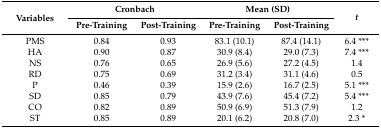
<table><thead><tr><td rowspan="2"><b>Variables</b></td><td colspan="2"><b>Cronbach</b></td><td colspan="2"><b>Mean (SD)</b></td><td rowspan="2"><b><i>t</i></b></td></tr><tr><td><b>Pre-Training</b></td><td><b>Post-Training</b></td><td><b>Pre-Training</b></td><td><b>Post-Training</b></td></tr></thead><tbody><tr><td>PMS</td><td>0.84</td><td>0.93</td><td>83.1 (10.1)</td><td>87.4 (14.1)</td><td>6.4 ***</td></tr><tr><td>HA</td><td>0.90</td><td>0.87</td><td>30.9 (8.4)</td><td>29.0 (7.3)</td><td>7.4 ***</td></tr><tr><td>NS</td><td>0.76</td><td>0.65</td><td>26.9 (5.6)</td><td>27.2 (4.5)</td><td>1.4</td></tr><tr><td>RD</td><td>0.75</td><td>0.69</td><td>31.2 (3.4)</td><td>31.1 (4.6)</td><td>0.5</td></tr><tr><td>P</td><td>0.46</td><td>0.39</td><td>15.9 (2.6)</td><td>16.7 (2.5)</td><td>5.1 ***</td></tr><tr><td>SD</td><td>0.85</td><td>0.79</td><td>43.9 (7.6)</td><td>45.4 (7.2)</td><td>5.4 ***</td></tr><tr><td>CO</td><td>0.82</td><td>0.89</td><td>50.9 (6.9)</td><td>51.3 (7.9)</td><td>1.2</td></tr><tr><td>ST</td><td>0.85</td><td>0.89</td><td>20.1 (6.2)</td><td>20.8 (7.0)</td><td>2.3 *</td></tr></tbody></table>